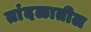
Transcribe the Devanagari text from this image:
तांदळातील